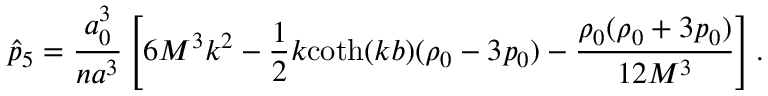
\hat { p } _ { 5 } = \frac { a _ { 0 } ^ { 3 } } { n a ^ { 3 } } \left[ 6 M ^ { 3 } k ^ { 2 } - \frac 1 2 k \mathrm { c o t h } ( k b ) ( \rho _ { 0 } - 3 p _ { 0 } ) - \frac { \rho _ { 0 } ( \rho _ { 0 } + 3 p _ { 0 } ) } { 1 2 M ^ { 3 } } \right] .